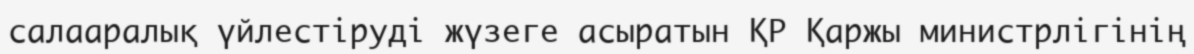
салааралық үйлестіруді жүзеге асыратын ҚР Қаржы министрлігінің